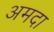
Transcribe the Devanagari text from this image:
अमदा